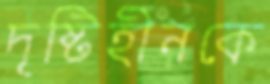
দৃষ্টিহীনকে